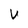
Character: V